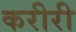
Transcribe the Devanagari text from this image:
करीरी